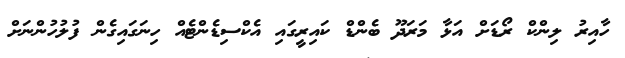
ހާއިރު ލިންކް ރޯޑަށް އަޅާ މަރަދޫ ބެންޑް ކައިރީގައި އެކްސިޑެންޓެއް ހިނަގައިގެން ފުލުހުންނަށް